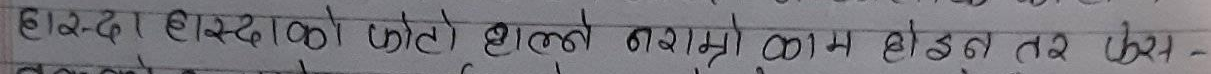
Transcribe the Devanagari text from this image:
हाम्रा हातका फाटो झाटो नभए काम होइन तर पेस-